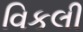
વિકલી